Lunatic asylums Central Provinces reports 1910-1926 - 1910-1926
Year: 1910
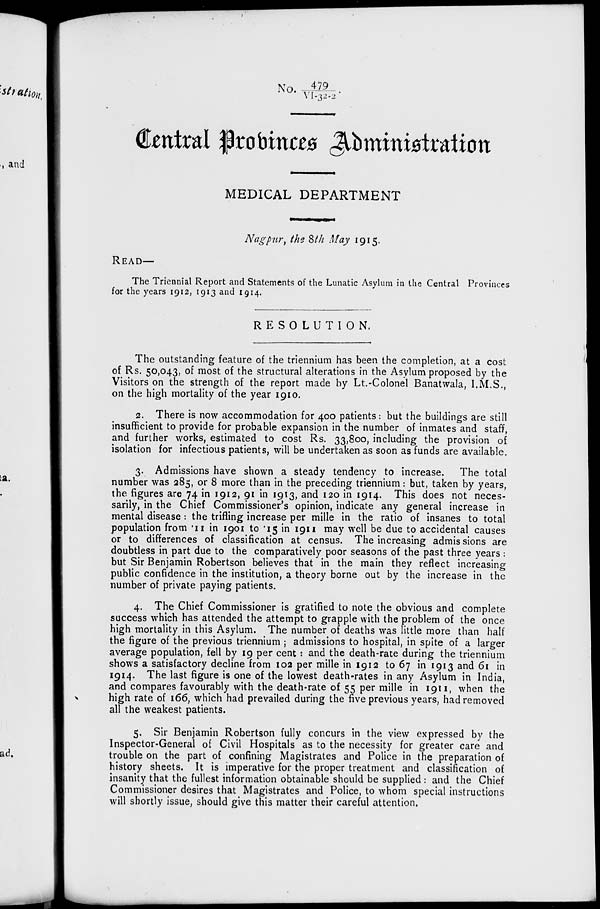
No. 479/ VI - 32- 2.
Central Provinces Administration
MEDICAL DEPARTMENT
Nagpur, the 8th May 1915.
READ—
The Triennial Report and Statements of the Lunatic Asylum in the Central Provinces
for the years 1912, 1913 and 1914.
RESOLUTION.
The outstanding feature of the triennium has been the completion, at a cost
of Rs. 50,043, of most of the structural alterations in the Asylum proposed by the
Visitors on the strength of the report made by Lt.-Colonel Banatwala, I.M.S.,
on the high mortality of the year 1910.
2. There is now accommodation for 400 patients : but the buildings are still
insufficient to provide for probable expansion in the number of inmates and staff,
and further works, estimated to cost Rs. 33,800, including the provision of
isolation for infectious patients, will be undertaken as soon as funds are available.
3. Admissions have shown a steady tendency to increase. The total
number was 285, or 8 more than in the preceding triennium: but, taken by years,
the figures are 74 in 1912, 91 in 1913, and 120 in 1914. This does not neces-
sarily, in the Chief Commissioner's opinion, indicate any general increase in
mental disease: the trifling increase per mille in the ratio of insanes to total
population from .11 in 1901 to .15 in 1911 may well be due to accidental causes
or to differences of classification at census. The increasing admissions are
doubtless in part due to the comparatively poor seasons of the past three years :
but Sir Benjamin Robertson believes that in the main they reflect increasing
public confidence in the institution, a theory borne out by the increase in the
number of private paying patients.
4. The Chief Commissioner is gratified to note the obvious and complete
success which has attended the attempt to grapple with the problem of the once
high mortality in this Asylum. The number of deaths was little more than half
the figure of the previous triennium ; admissions to hospital, in spite of a larger
average population, fell by 19 per cent : and the death-rate during the triennium
shows a satisfactory decline from 102 per mille in 1912 to 67 in 1913 and 61 in
1914. The last figure is one of the lowest death-rates in any Asylum in India,
and compares favourably with the death-rate of 55 per mille in 1911, when the
high rate of 166, which had prevailed during the five previous years, had removed
all the weakest patients.
5. Sir Benjamin Robertson fully concurs in the view expressed by the
Inspector-General of Civil Hospitals as to the necessity for greater care and
trouble on the part of confining Magistrates and Police in the preparation of
history sheets. It is imperative for the proper treatment and classification of
insanity that the fullest information obtainable should be supplied : and the Chief
Commissioner desires that Magistrates and Police, to whom special instructions
will shortly issue, should give this matter their careful attention.